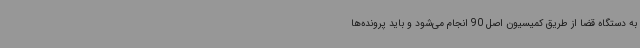
به دستگاه قضا از طریق کمیسیون اصل 90 انجام می‌شود و باید پرونده‌ها